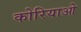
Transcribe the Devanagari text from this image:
कोरियाओ